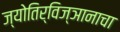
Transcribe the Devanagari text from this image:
ज्योतिर्विज्ञानाचा